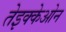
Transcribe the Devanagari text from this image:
तेइक्केओन